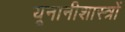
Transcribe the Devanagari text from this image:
यूनानीशास्त्रों